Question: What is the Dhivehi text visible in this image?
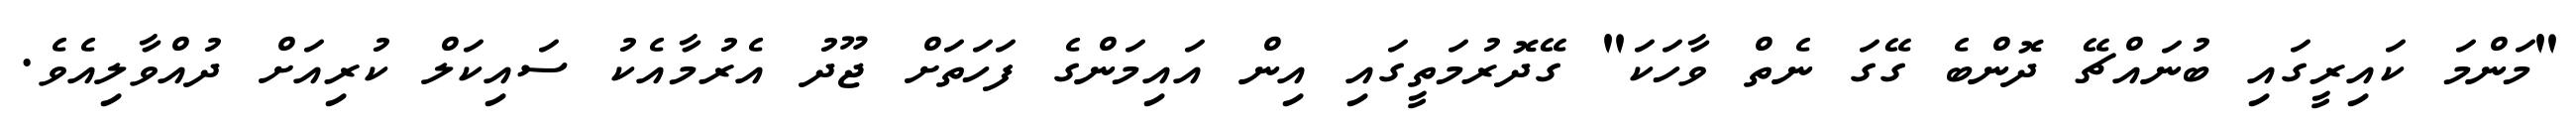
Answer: "މަންމަ ކައިރީގައި ބުނައްޗޭ ދޮންބެ ގޭގަ ނެތް ވާހަކަ" ގޭދޮރުމަތީގައި އިން އައިމަންގެ ފަހަތަށް ޖޫދު އެރުމާއެކު ސައިކަލް ކުރިއަށް ދުއްވާލިއެވެ.